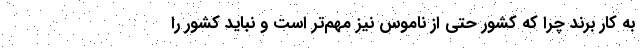
به کار برند چرا که کشور حتی از ناموس نیز مهم‌تر است و نباید کشور را